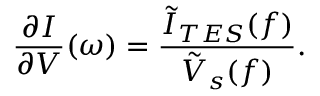
\frac { \partial I } { \partial V } ( \omega ) = \frac { \tilde { I } _ { T E S } ( f ) } { \tilde { V } _ { s } ( f ) } .